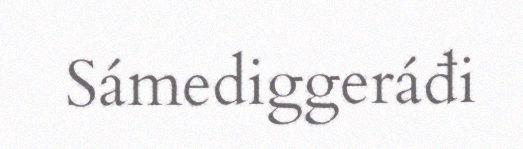
Sámediggeráđi